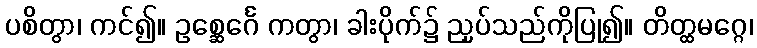
ပစိတွာ၊ ကင်၍။ ဥစ္ဆေင်္ဂေ ကတွာ၊ ခါးပိုက်၌ ညှပ်သည်ကိုပြု၍။ တိတ္ထမဂ္ဂေ၊